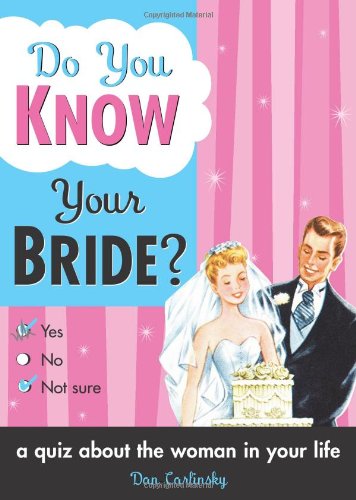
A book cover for Do You Know Your Bride?; Dan Carlinsky; Humor & Entertainment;